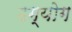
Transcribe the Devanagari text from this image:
उग्योग